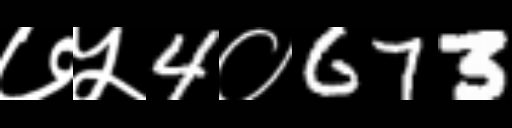
Text: ७५4०673